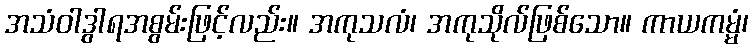
အသံဝါဒွါရအစွမ်းဖြင့်လည်း။ အကုသလံ၊ အကုသိုလ်ဖြစ်သော။ ကာယကမ္မံ၊